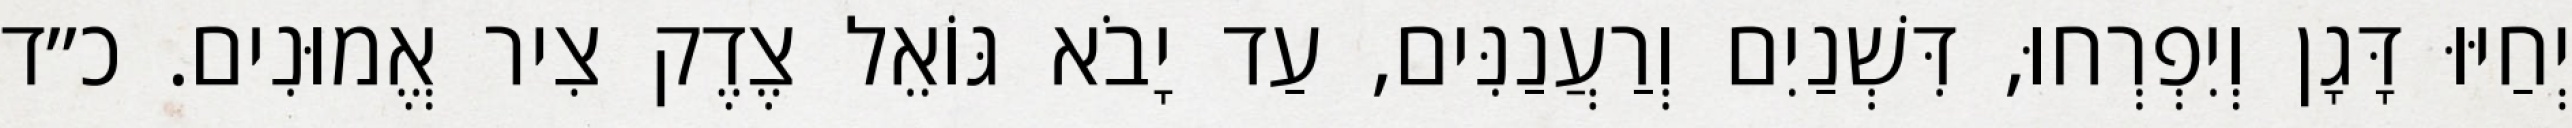
יְחַיּוּ דָּגָן וְיִפְרְחוּ, דִּשְׁנַיִם וְרַעֲנַנִּים, עַד יָבֹא גּוֹאֵל צֶדֶק צִיר אֱמוּנִים. כ״ד